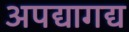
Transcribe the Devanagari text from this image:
अपद्यागद्य